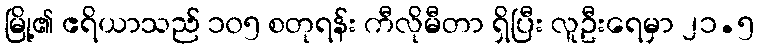
မြို့၏ ဧရိယာသည် ၁၀၅ စတုရန်း ကီလိုမီတာ ရှိပြီး လူဦးရေမှာ ၂၁.၅